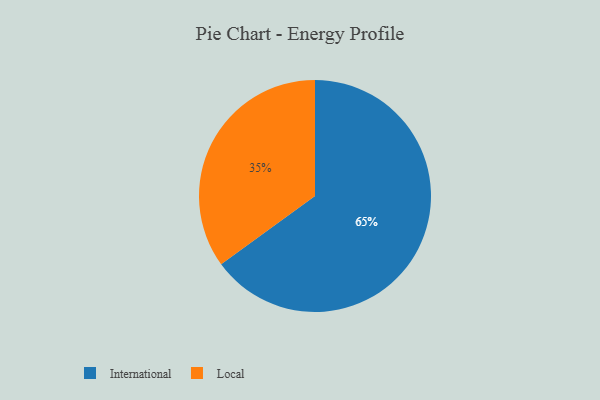
{"axis": {"x": "Category", "y": "Percentage"}, "legend": ["International", "Local"], "data": [{"x": "Local", "y": 35, "type": "Local"}, {"x": "International", "y": 65, "type": "International"}]}